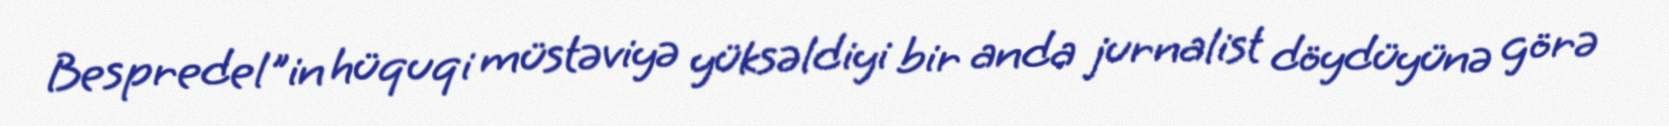
Bespredel"in hüquqi müstəviyə yüksəldiyi bir anda jurnalist döydüyünə görə